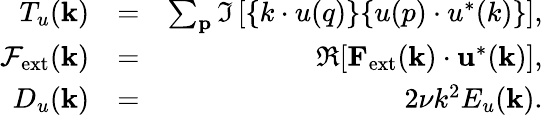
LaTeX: \begin{array}{rlr}{T_{u}({\mathbf k})}&{=}&{\sum_{\mathbf p}\Im\left[{\mathbf\{ k\cdot u(q)\} \{ u(p)\cdot u^{*}(k)\} }\right],}\\ {\mathcal{F}_{\mathrm{ext}}({\mathbf k})}&{=}&{\Re[{\mathbf F}_{\mathrm{ext}}({\mathbf k})\cdot{\mathbf u}^{*}({\mathbf k})],}\\ {D_{u}(\mathbf{k})}&{=}&{2\nu k^{2}E_{u}({\mathbf k}).}\end{array}